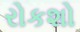
રોકશો